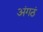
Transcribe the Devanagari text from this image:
अंगठं